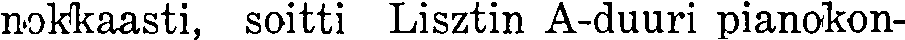
nokkaasti, soitti Lisztin A-duuri pianokon-